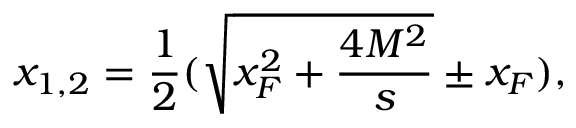
x _ { 1 , 2 } = \frac { 1 } { 2 } ( \sqrt { x _ { F } ^ { 2 } + \frac { 4 M ^ { 2 } } { s } } \pm x _ { F } ) ,